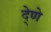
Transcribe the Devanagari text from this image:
दे्णे